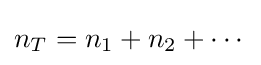
n_{T}=n_{1}+n_{2}+\cdots